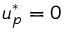
u _ { p } ^ { * } = 0